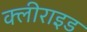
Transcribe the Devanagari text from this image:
क्लीराइड